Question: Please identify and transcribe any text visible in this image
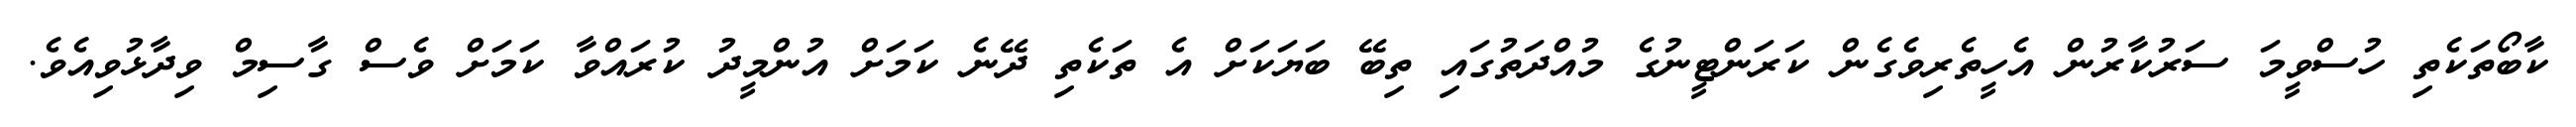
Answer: ކާބޯތަކެތި ހުސްވީމަ ސަރުކާރުން އެހީތެރިވެގެން ކަރަންޓީނުގެ މުއްދަތުގައި ތިބޭ ބަޔަކަށް އެ ތަކެތި ދޭނެ ކަމަށް އުންމީދު ކުރައްވާ ކަމަށް ވެސް ގާސިމް ވިދާޅުވިއެވެ.